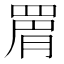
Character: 𮊉